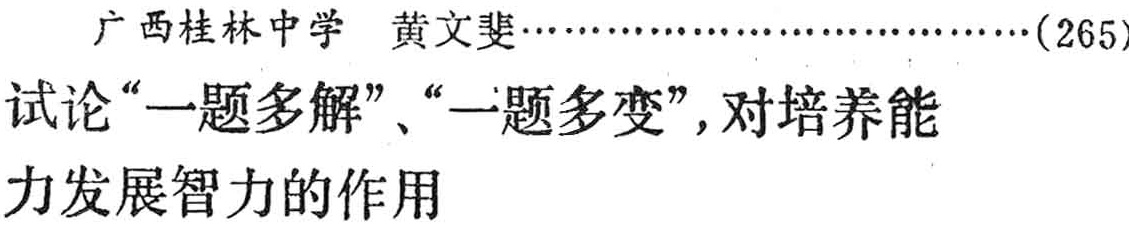
广西桂林中学 黄文斐\ldots\ldots\ldots\ldots\ldots\ldots\ldots\ldots\ldots\ldots(265)\\

试论“一题多解”、“一题多变”，对培养能\\

力发展智力的作用